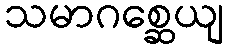
သမာဂစ္ဆေယျ